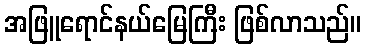
အဖြူရောင်နယ်မြေကြီး ဖြစ်လာသည်။